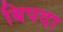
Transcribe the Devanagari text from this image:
बिपदा